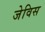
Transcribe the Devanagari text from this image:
जेविस